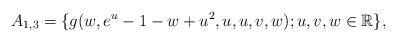
LaTeX: \begin{align*} A_{1,3}=\{g(w,e^{u}-1-w+u^{2},u,u,v,w); u, v, w \in \mathbb R\}, \end{align*}